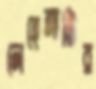
লেহেঙ্গাটির